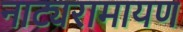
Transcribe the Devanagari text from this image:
नाट्यरामायण